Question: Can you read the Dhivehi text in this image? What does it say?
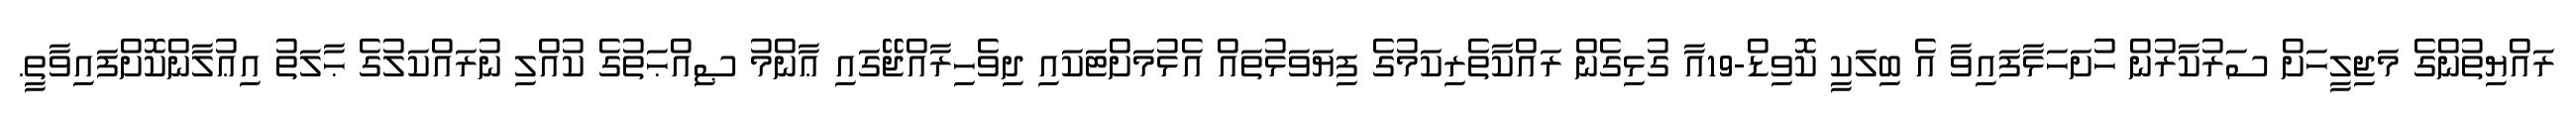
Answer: ރައްޔިތުންގެ މަޖިލީހަށް ސަރުކާރުން ހުށަހަޅާފައިވާ އެ ބިލަކީ ކޮވިޑް-19އާ ގުޅިގެން ރައްކާތެރިކަމުގެ ފިޔަވަޅުތައް އެޅުމަށްޓަކައި ދިވެހިރާއްޖޭގައި ޢާންމު ޞިއްޙަތުގެ ކުއްލި ނުރައްކަލުގެ ޙާލަތު އިޢުލާންކޮށްފައިވާތީ.